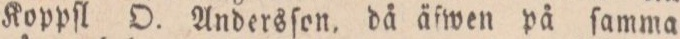
Koppſl O. Andersſon, då äfwen på ſamma